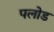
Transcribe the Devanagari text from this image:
पलोड